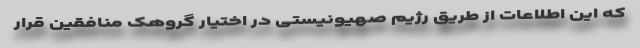
که این اطلاعات از طریق رژیم صهیونیستی در اختیار گروهک منافقین قرار